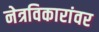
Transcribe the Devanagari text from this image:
नेत्रविकारांवर